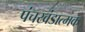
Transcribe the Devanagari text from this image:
पंचखंडात्मक